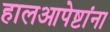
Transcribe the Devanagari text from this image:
हालआपेष्टांना